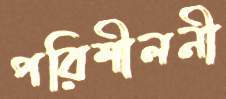
পরিশীলনী